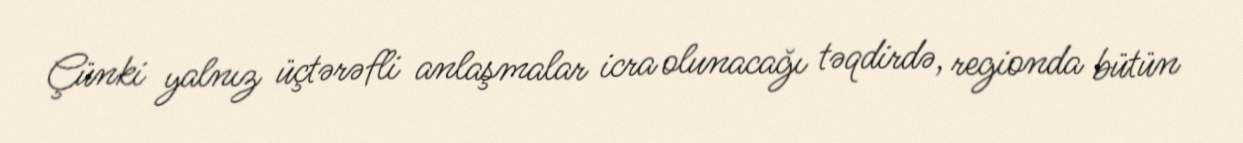
Çünki yalnız üçtərəfli anlaşmalar icra olunacağı təqdirdə, regionda bütün